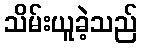
သိမ်းယူခဲ့သည်